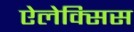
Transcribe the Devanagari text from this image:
ऐलेक्‍सिस